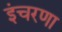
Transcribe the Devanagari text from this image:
इंचरणा